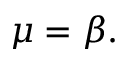
\mu = \beta .